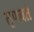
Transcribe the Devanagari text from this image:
तृणवर्त